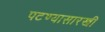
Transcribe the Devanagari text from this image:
पटण्यासारखी